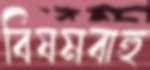
বিষমবাহু